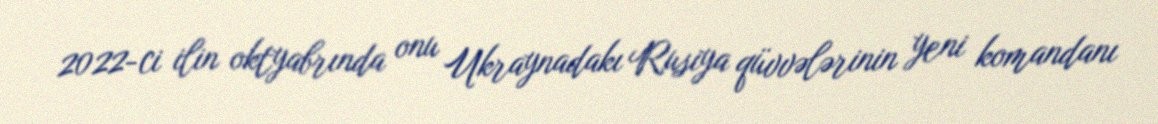
2022-ci ilin oktyabrında onu Ukraynadakı Rusiya qüvvələrinin yeni komandanı